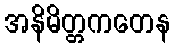
အနိမိတ္တကတေန